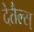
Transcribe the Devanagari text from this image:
देतैल्स्